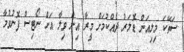
ސަތޭކަ މިލިއަން ޑޮލަރު ދެއްކުމަށް މީރާ އިން ވިލާ އަށް ނޯޓިސް ފޮނުވުމާ